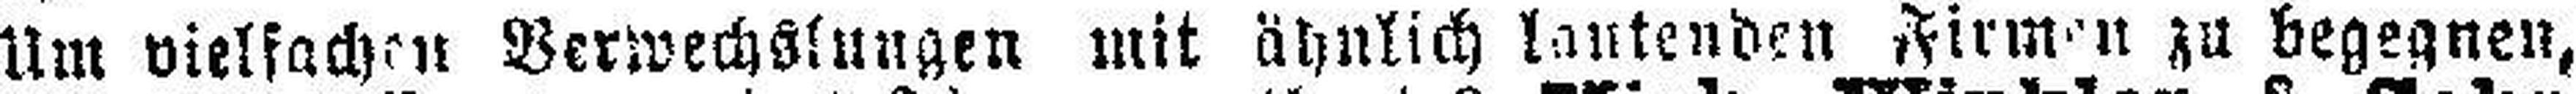
Um vielfachen Verwechslungen mit ähnlich lautenden Firmen zu begegnen,